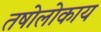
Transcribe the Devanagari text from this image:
तषोलोकाय